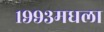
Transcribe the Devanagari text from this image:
१९९३मधला